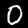
Digit: 0